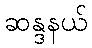
ဆန္ဒနယ်